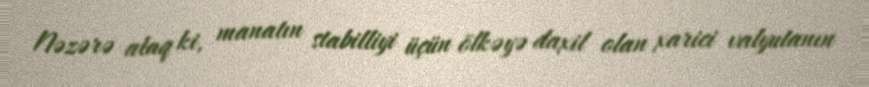
Nəzərə alaq ki, manatın stabilliyi üçün ölkəyə daxil olan xarici valyutanın